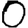
Digit: 0